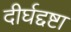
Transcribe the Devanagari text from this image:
दीर्घद्दष्टा